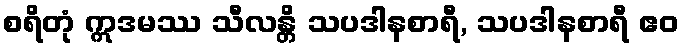
စရိတုံ ဣဒမဿ သီလန္တိ သပဒါနစာရီ, သပဒါနစာရီ ဧဝ